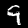
Digit: 9